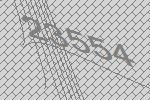
23554